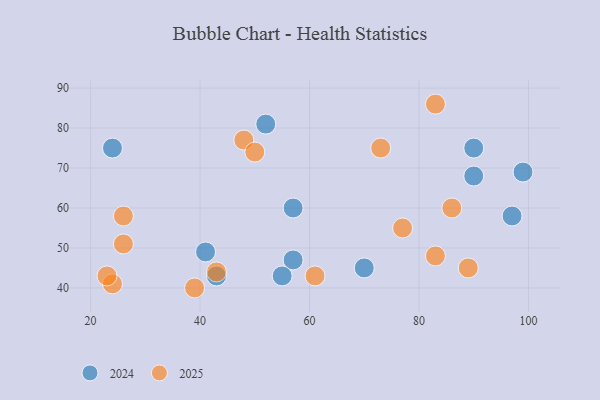
{"axis": {"x": "GDP", "y": "Life Expectancy"}, "legend": ["2024", "2025"], "data": [{"x": "70", "y": 45, "type": "2024"}, {"x": "57", "y": 60, "type": "2024"}, {"x": "43", "y": 43, "type": "2024"}, {"x": "57", "y": 47, "type": "2024"}, {"x": "41", "y": 49, "type": "2024"}, {"x": "52", "y": 81, "type": "2024"}, {"x": "24", "y": 75, "type": "2024"}, {"x": "90", "y": 75, "type": "2024"}, {"x": "55", "y": 43, "type": "2024"}, {"x": "99", "y": 69, "type": "2024"}, {"x": "97", "y": 58, "type": "2024"}, {"x": "90", "y": 68, "type": "2024"}, {"x": "86", "y": 60, "type": "2025"}, {"x": "83", "y": 86, "type": "2025"}, {"x": "89", "y": 45, "type": "2025"}, {"x": "43", "y": 44, "type": "2025"}, {"x": "83", "y": 48, "type": "2025"}, {"x": "26", "y": 58, "type": "2025"}, {"x": "26", "y": 51, "type": "2025"}, {"x": "77", "y": 55, "type": "2025"}, {"x": "24", "y": 41, "type": "2025"}, {"x": "61", "y": 43, "type": "2025"}, {"x": "23", "y": 43, "type": "2025"}, {"x": "48", "y": 77, "type": "2025"}, {"x": "39", "y": 40, "type": "2025"}, {"x": "73", "y": 75, "type": "2025"}, {"x": "50", "y": 74, "type": "2025"}]}